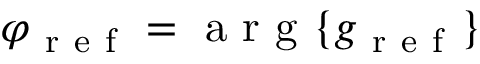
\varphi _ { \mathrm { ~ r ~ e ~ f ~ } } = \mathrm { ~ a ~ r ~ g ~ } \{ g _ { \mathrm { ~ r ~ e ~ f ~ } } \}